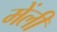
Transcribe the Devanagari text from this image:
मेंली